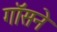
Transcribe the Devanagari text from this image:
गॉसने